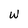
Character: W